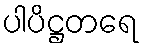
ပါပိဋ္ဌတရေ